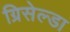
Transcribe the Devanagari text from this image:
ग्रिसेल्डा